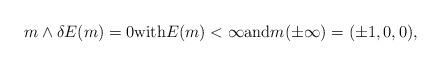
LaTeX: \begin{align*} m \wedge \delta E(m) = 0 \textrm{with} E(m)<\infty \textrm{and} m(\pm\infty)=(\pm1,0,0),\end{align*}